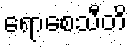
ရောစေသီတိ